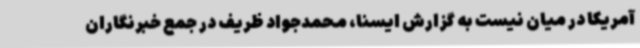
آمریکا در میان نیست به گزارش ایسنا، محمدجواد ظریف در جمع خبرنگاران